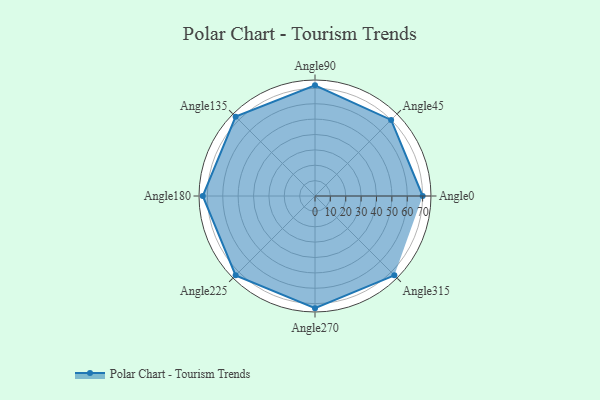
{"axis": {"x": "Angle", "y": "Radius"}, "legend": [""], "data": [{"x": "Angle0", "y": 70.0, "type": ""}, {"x": "Angle45", "y": 70.0, "type": ""}, {"x": "Angle90", "y": 72.0, "type": ""}, {"x": "Angle135", "y": 73.0, "type": ""}, {"x": "Angle180", "y": 73.0, "type": ""}, {"x": "Angle225", "y": 73.0, "type": ""}, {"x": "Angle270", "y": 73.0, "type": ""}, {"x": "Angle315", "y": 73.0, "type": ""}]}